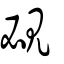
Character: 覕